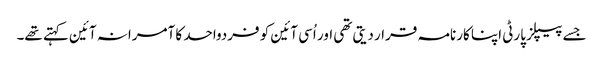
جسے پیپلز پارٹی اپنا کارنامہ قرار دیتی تھی اور اُسی آئین کو فردواحد کا آمرانہ آئین کہتے تھے۔